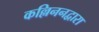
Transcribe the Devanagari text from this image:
कल्लिननद्वारा